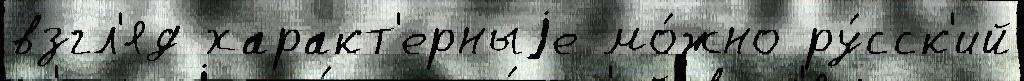
взгл'яд характ'ерныjе мо́жно ру́сск'ий